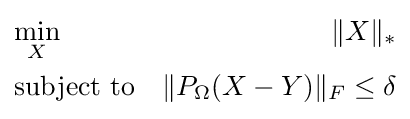
{\begin{aligned}&{\underset {X}{\text{min}}}&\|X\|_{*}\\&{\text{subject to}}&\|P_{\Omega }(X-Y)\|_{F}\leq \delta \\\end{aligned}}